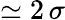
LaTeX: \simeq 2\, \sigma